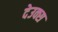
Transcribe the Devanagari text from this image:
देउक्स